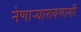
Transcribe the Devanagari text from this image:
नेणाऱ्यारावणाशी